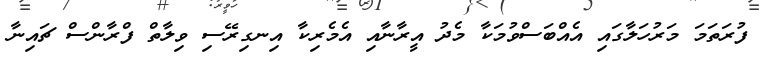
ފުރަތަަމަ މަރުހަލާގައި އެއްބަސްވުމަކާ މެދު އީރާނާއި އެމެރިކާ އިނގިރޭސި ވިލާތް ފްރާންސް ޗައިނާ